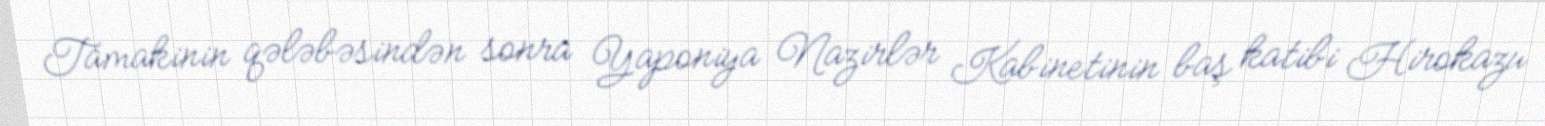
Tamakinin qələbəsindən sonra Yaponiya Nazirlər Kabinetinin baş katibi Hirokazu